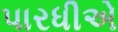
પારધીએ